Vaccine operations Central Provinces 1886-1899 - 1886-1899
Year: 1886
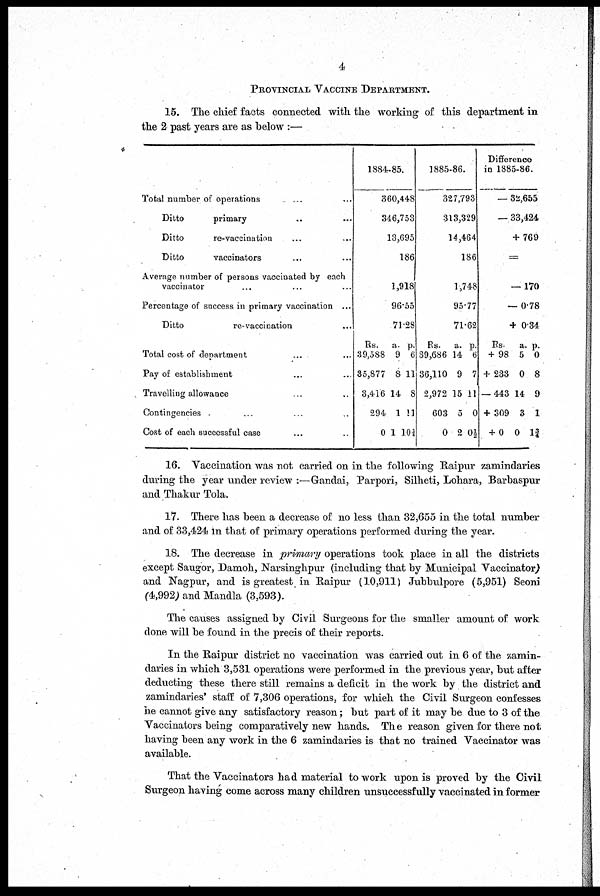
4
PROVINCIAL VACCINE DEPARTMENT.
15. The chief facts connected with the working of this department in
the 2 past years are as below :—
Total number of operations ... ...
Ditto
primary ... ...
Ditto
re-vaccination ... ...
Ditto
vaccinators ... ...
Average number of persons vaccinated by each
vaccinator ... ... ...
Percentage of success in primary vaccination ...
Ditto
re-vaccination ...
Total cost of department ... ...
Pay of establishment ... ...
Travelling allowance ... ...
Contingencies ... ...
Cost of each successful case ... ...
1884-85.
360,448
346,753
13,695
186
1,918
96.55
71.28
Rs.
39,588
35,877
3,416
294
0
a.
9
8
14
1
1
p.
6
11
8
11
10¾
1885-86.
327,793
313,329
14,464
186
1,748
95.77
71.62
Rs.
39,686
36,110
2,972
603
0
a.
14
9
15
5
2
p.
6
7
11
0
0½
Difference
in 1885-86
- 32,655
- 33,424
+ 769
=
-170
- 0.78
+ 0.34
Rs.
+ 98
+ 233
- 443
+ 309
+ 0
a.
5
0
14
3
0
p.
0
8
9
1
1¾
16. Vaccination was not carried on in the following Raipur zamindaries
during the year under review :—Gandai, Parpori, Silheti, Lohara, Barbaspur
and Thakur Tola.
17. There has been a decrease of no less than 32,655 in the total number
and of 33,424 in that of primary operations performed during the year.
18. The decrease in primary operations took place in all the districts
except Saugor, Damoh, Narsinghpur (including that by Municipal Vaccinator)
and Nagpur, and is greatest in Raipur (10,911) Jubbulpore (5,951) Seoni
(4,992) and Mandla (3,593).
The causes assigned by Civil Surgeons for the smaller amount of work
done will be found in the precis of their reports.
In the Raipur district no vaccination was carried out in 6 of the zamin-
daries in which 3,531 operations were performed in the previous year, but after
deducting these there still remains a deficit in the work by the district and
zamindaries' staff of 7,306 operations, for which the Civil Surgeon confesses
he cannot give any satisfactory reason ; but part of it may be due to 3 of the
Vaccinators being comparatively new hands. The reason given for there not
having been any work in the 6 zamindaries is that no trained Vaccinator was
available.
That the Vaccinators had material to work upon is proved by the Civil
Surgeon having come across many children unsuccessfully vaccinated in former